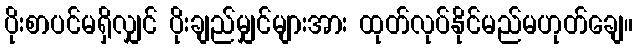
ပိုးစာပင်မရှိလျှင် ပိုးချည်မျှင်များအား ထုတ်လုပ်နိုင်မည်မဟုတ်ချေ။